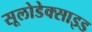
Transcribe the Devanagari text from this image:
सूलोडेक्साइड